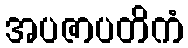
အပဇာပတိကံ